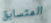
المتسابق